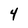
Character: 4